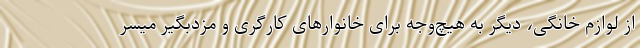
از لوازم خانگی، دیگر به هیچ‌وجه برای خانوارهای کارگری و مزدبگیر میسر